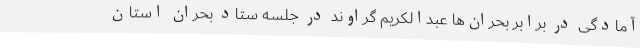
آمادگی در برابر بحران‌ها عبدالکریم گراوند در جلسه ستاد بحران استان